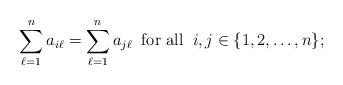
LaTeX: \begin{align*} \sum_{\ell=1}^n a_{i\ell}=\sum_{\ell=1}^n a_{j\ell}\;\;\mbox{for all}\;\;i, j\in \{1,2,\dots,n\}; \end{align*}